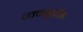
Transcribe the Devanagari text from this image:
पक्कान्नचौक